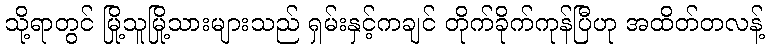
သို့ရာတွင် မြို့သူမြို့သားများသည် ရှမ်းနှင့်ကချင် တိုက်ခိုက်ကုန်ပြီဟု အထိတ်တလန့်